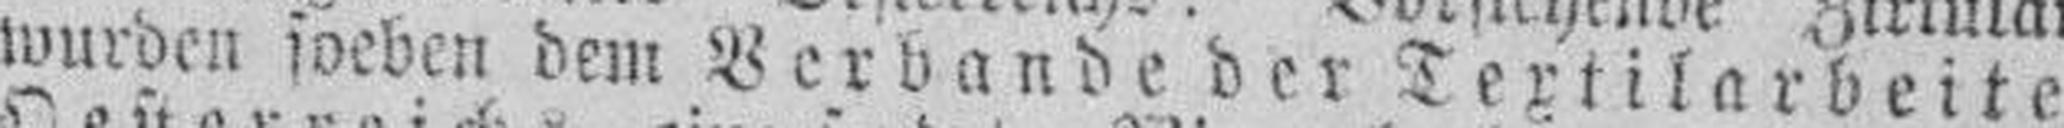
wurden soeben dem Verbande der Textilarbeiter